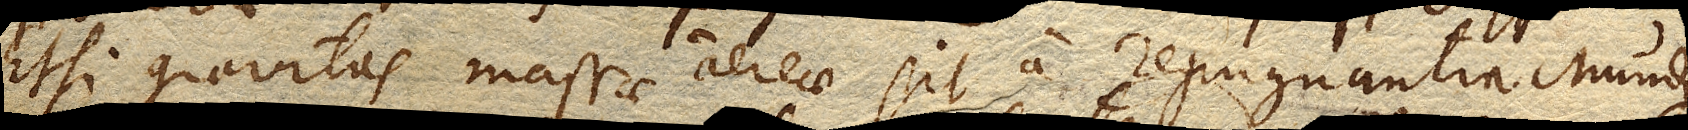
Etsi gravitas massae aereae sit a repugnantia Mundi